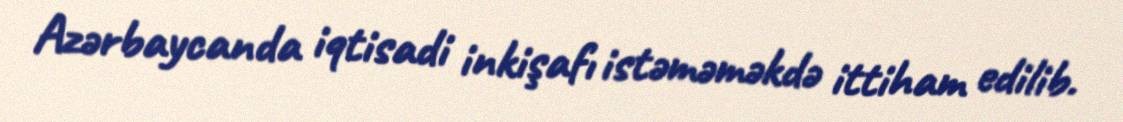
Azərbaycanda iqtisadi inkişafı istəməməkdə ittiham edilib.